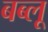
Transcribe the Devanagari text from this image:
बब्लू